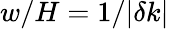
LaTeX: w/H=1/\vert\delta k\vert